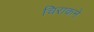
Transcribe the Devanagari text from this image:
चिराकने